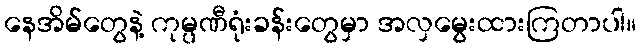
နေအိမ်တွေနဲ့ ကုမ္ပဏီရုံးခန်းတွေမှာ အလှမွေးထားကြတာပါ။